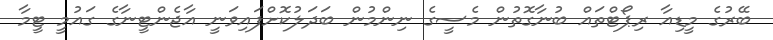
ބޭރުގެ މީޑިއާ ރިޕޯޓްތައް ބުނާގޮތުން މެސީގެ ނިންމުން ބަދަލުކޮށްފައިވަނީ އާޖެންޓީނާގެ ގައުމީ ޓީމާ